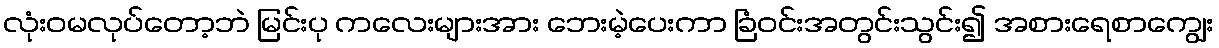
လုံးဝမလုပ်တော့ဘဲ မြင်းပု ကလေးများအား ဘေးမဲ့ပေးကာ ခြံဝင်းအတွင်းသွင်း၍ အစားရေစာကျွေး